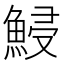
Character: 鮼